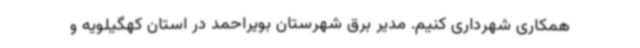
همکاری شهرداری کنیم. مدیر برق شهرستان بویراحمد در استان کهگیلویه و